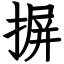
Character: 摒